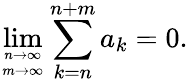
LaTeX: \operatorname*{lim}_{n\to\infty\atop m\to\infty}\sum_{k=n}^{n+m}a_{k}=0.